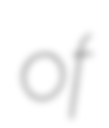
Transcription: of